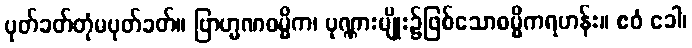
ပုတ်ခတ်တုံမပုတ်ခတ်။ ဗြာဟ္မဏဓမ္မိက၊ ပုဏ္ဏားမျိုး၌ဖြစ်သောဓမ္မိကရဟန်း။ ဧဝံ ခေါ၊